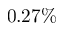
0 . 2 7 \%